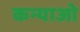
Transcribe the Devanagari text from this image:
कन्याओ